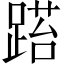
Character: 𨃐